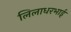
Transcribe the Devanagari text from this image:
लिलाधरभाई